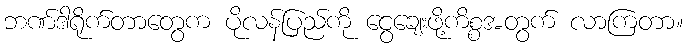
ဘဏ်ဒါရိုက်တာတွေက ပိုလန်ပြည်ကို ငွေချေးဖို့ကိစ္စအတွက် လာကြတာ။